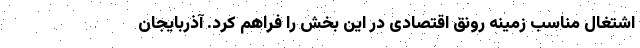
اشتغال مناسب زمینه رونق اقتصادی در این بخش را فراهم کرد. آذربایجان